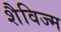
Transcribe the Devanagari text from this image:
शैविज्म